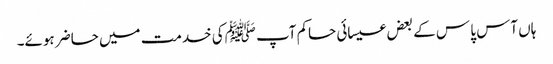
ہاں آس پا س کے بعض عیسائی حاکم آپ ﷺکی خدمت میں حاضر ہوئے۔